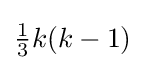
{\tfrac {1}{3}}k(k-1)